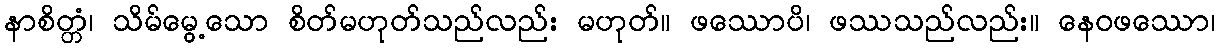
နာစိတ္တံ၊ သိမ်မွေ့သော စိတ်မဟုတ်သည်လည်း မဟုတ်။ ဖဿောပိ၊ ဖဿသည်လည်း။ နေဝဖဿော၊